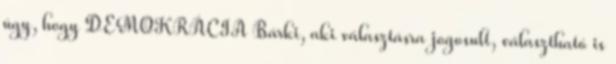
úgy, hogy DEMOKRÁCIA Bárki, aki választásra jogosult, választható is